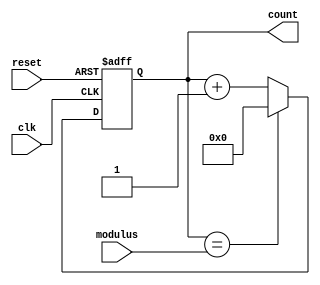
module Modulus_Counter (
    input clk,
    input reset,
    input modulus,
    output reg [3:0] count
);

reg [3:0] next_count;

always @ (posedge clk or posedge reset) begin
    if (reset) begin
        count <= 4'b0000;
    end else begin
        if (count == modulus) begin
            count <= 4'b0000;
        end else begin
            count <= next_count;
        end
    end
end

always @* begin
    if (count == modulus) begin
        next_count = 4'b0000;
    end else begin
        next_count = count + 1;
    end
end

endmodule